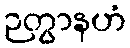
ဉတွာနဟံ